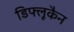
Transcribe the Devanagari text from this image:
डिफ्लूकैन